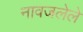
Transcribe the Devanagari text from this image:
नावजलेले